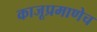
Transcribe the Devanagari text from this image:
काजूप्रमाणेच